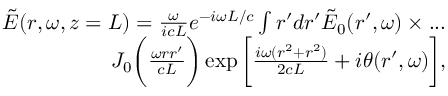
\begin{array} { r } { \tilde { E } ( r , \omega , z = L ) = \frac { \omega } { i c L } e ^ { - i \omega L / c } \int r ^ { \prime } d r ^ { \prime } \tilde { E } _ { 0 } ( r ^ { \prime } , \omega ) \times . . . } \\ { J _ { 0 } \bigg ( \frac { \omega r r ^ { \prime } } { c L } \bigg ) \exp { \bigg [ \frac { i \omega ( r ^ { 2 } + r ^ { 2 } ) } { 2 c L } + i \theta ( r ^ { \prime } , \omega ) \bigg ] } , } \end{array}